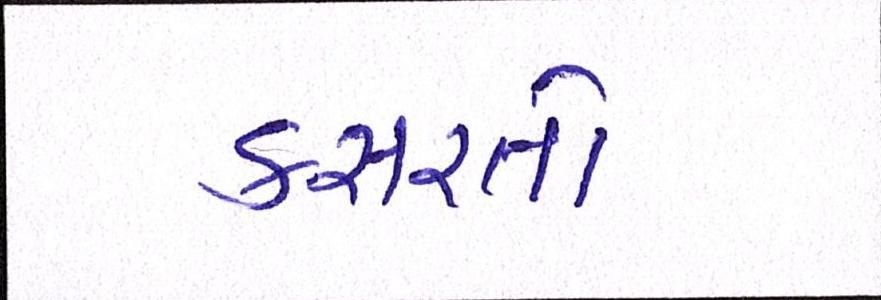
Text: કસરતો